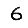
Digit: 6